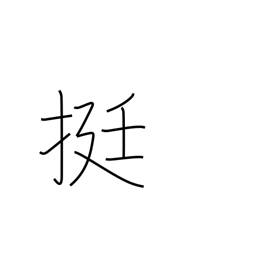
Meaning: counter for guns, inksticks, palanquins, rickshaws